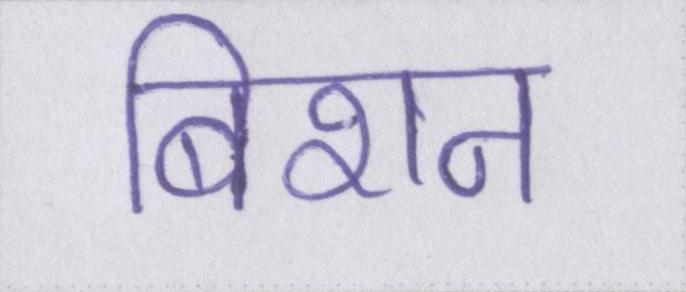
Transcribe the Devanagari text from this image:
बिशन